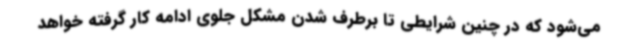
می‌شود که در چنین شرایطی تا برطرف شدن مشکل جلوی ادامه کار گرفته خواهد